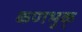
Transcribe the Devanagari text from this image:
कणभुक्